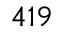
4 1 9